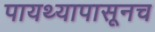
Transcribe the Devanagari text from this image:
पायथ्यापासूनच